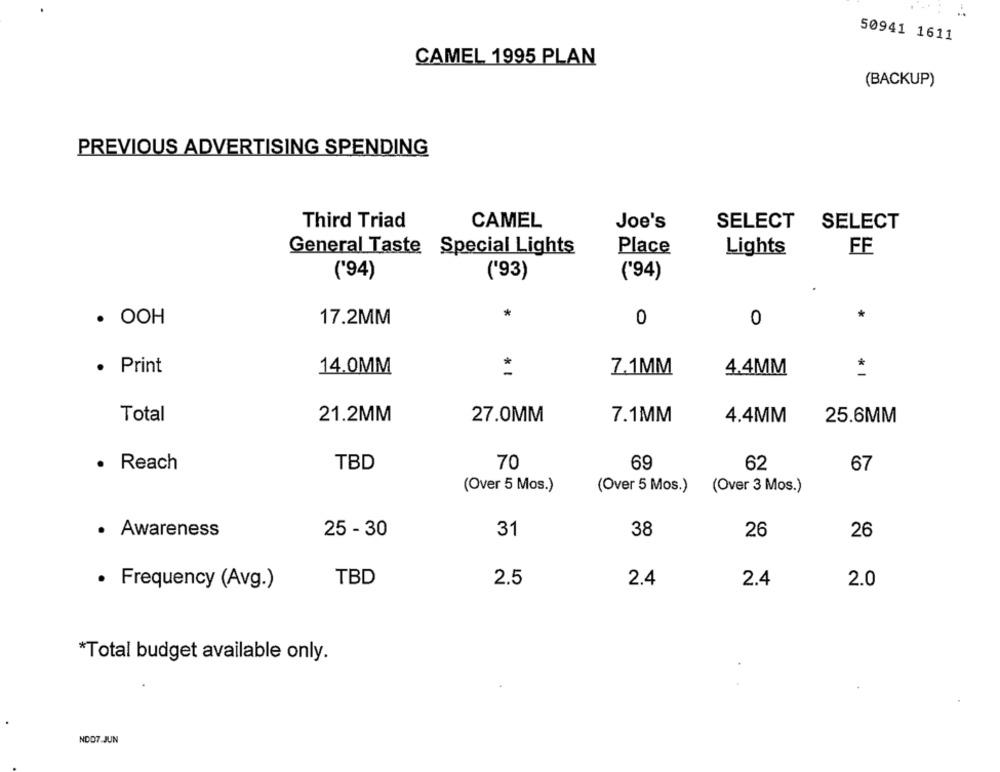
50941 1611
CAMEL 1995 PLAN
(BACKUP)
PREVIOUS ADVERTISING SPENDING
Third Triad
CAMEL
Joe's
SELECT
SELECT
General Taste Special Lights
Place
Lights
FE
('94)
('93)
('94)
*
CK
. OOH
17.2MM
0
0
· Print
14.0MM
7.1MM
4.4MM
* 1
Total
21.2MM
27.0MM
7.1MM
4.4MM
25.6MM
· Reach
TBD
70
69
62
67
(Over 5 Mos.)
(Over 5 Mos.) (Over 3 Mos.)
· Awareness
25 - 30
31
38
26
26
· Frequency (Avg.)
TBD
2.5
2.4
2.4
2.0
*Total budget available only.
NDD7.JUN